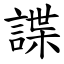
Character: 諜